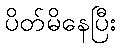
ပိတ်မိနေပြီး